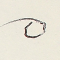
٥